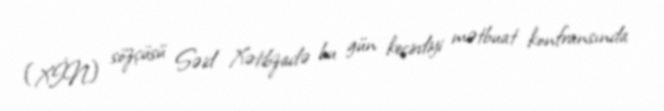
(XİN) sözçüsü Səid Xətibzadə bu gün keçirdiyi mətbuat konfransında